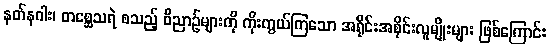
နတ်နဂါး၊ တစ္ဆေသရဲ စသည့် ဝိညာဉ်များကို ကိုးကွယ်ကြသော အရိုင်းအစိုင်းလူမျိုးများ ဖြစ်ကြောင်း